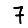
Digit: 7